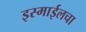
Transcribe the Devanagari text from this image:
इस्माईलचा